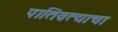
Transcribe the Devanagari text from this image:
पातिव्रत्याचा